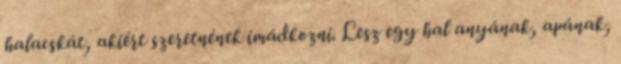
halacskát, akiért szeretnének imádkozni. Lesz egy hal anyának, apának,